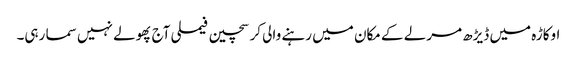
اوکاڑہ میں ڈیڑھ مرلے کے مکان میں رہنے والی کرسچین فیملی آج پھولے نہیں سما رہی۔